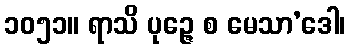
၁၀၅၁။ ရာသိ ပုဉ္ဇေ စ မေသာ’ဒေါ၊